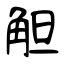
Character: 觛